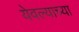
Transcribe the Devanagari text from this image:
येवल्याच्या